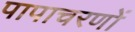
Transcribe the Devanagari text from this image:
पापाचरणों